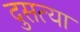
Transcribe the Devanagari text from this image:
दुसत्‍या